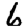
Digit: 6